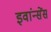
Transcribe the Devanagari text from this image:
इवांन्सेंस